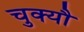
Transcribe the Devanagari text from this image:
चुक्यौ